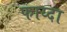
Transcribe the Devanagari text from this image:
फाय्दा